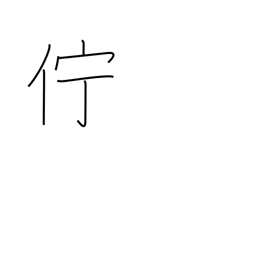
Meaning: linger